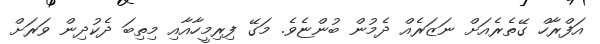
އަފްރާހް ގޭތެރެއަށް ނަަޒަރެއް ދެމުން ބުންޏެވެ. މަގޭ ފިރިމީހާއާއި މިތިބަ ދެކުދިން ވަރަށް